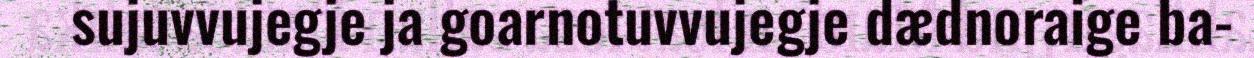
sujuvvujegje ja goarnotuvvujegje dædnoraige ba-